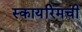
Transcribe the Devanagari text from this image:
स्कायरिमची